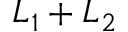
L _ { 1 } + L _ { 2 }